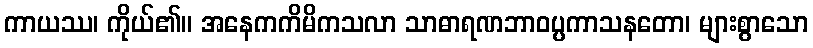
ကာယဿ၊ ကိုယ်၏။ အနေကကိမိကသလာ သာဓာရဏဘာဝပ္ပကာသနတော၊ များစွာသော